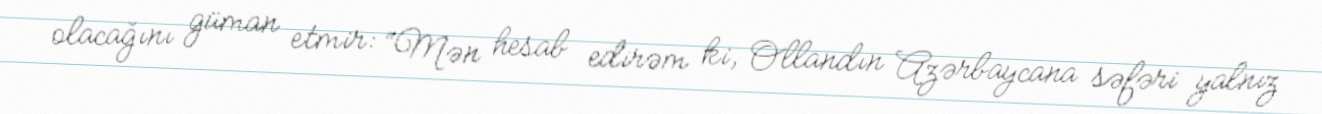
olacağını güman etmir: “Mən hesab edirəm ki, Ollandın Azərbaycana səfəri yalnız